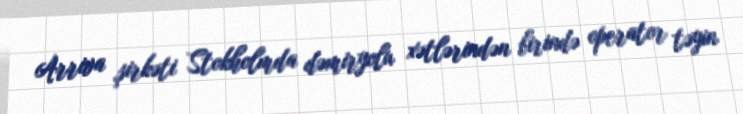
Arriva şirkəti Stokholmda dəmiryolu xətlərindən birində operator təyin